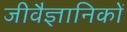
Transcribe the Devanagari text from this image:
जीवैज्ञानिकों